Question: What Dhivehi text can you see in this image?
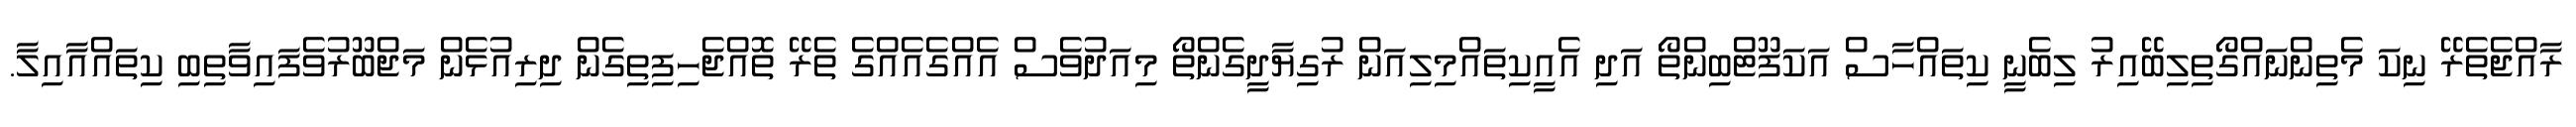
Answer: ރާއްޖެތެރޭ ނިކަ މެތިންނައްގޯތިލިބޭއިރު ލިބެނީ ކިތައްހާސް އަކަފޫޓްބިންތޯ އަދި އެއީކިތައްމިލިއަން ރުގިޔާދީގެންތޯ މިއަދުވެސް އެއްގެއެއްގެ ތެރޭ ތޮއްޖެހިފިތިގެން ދިރިއުޅެން މަޖްބޫރުވެފައިވާތިބި ކިތައްއާއިލާ.